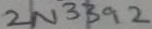
Text: 2N3392